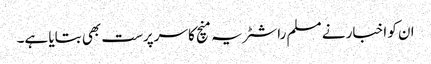
ان کو اخبار نے مسلم راشٹریہ منچ کا سرپرست بھی بتایا ہے۔